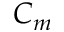
C _ { m }